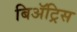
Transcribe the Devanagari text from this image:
बिॲट्रिस